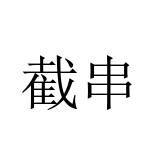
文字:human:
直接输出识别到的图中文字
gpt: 截串